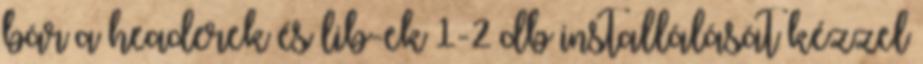
bár a headerek és lib-ek 1-2 db installálását kézzel